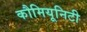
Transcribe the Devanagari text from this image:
कौमियूनिटी